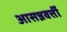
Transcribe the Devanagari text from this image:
आसन्नवर्त्ती